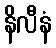
နိလီနံ